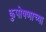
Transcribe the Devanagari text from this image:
कुपोषणाच्या